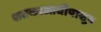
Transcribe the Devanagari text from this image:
शतकाआघीपासून